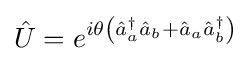
{\hat {U}}=e^{i\theta \left({\hat {a}}_{a}^{\dagger }{\hat {a}}_{b}+{\hat {a}}_{a}{\hat {a}}_{b}^{\dagger }\right)}